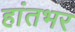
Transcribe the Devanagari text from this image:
हांतभर